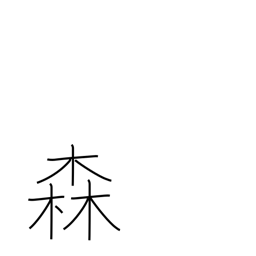
Meaning: woods